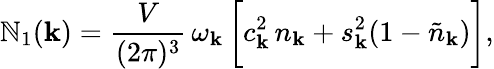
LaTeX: \mathbb{N}_{1}({\mathbf{k}})=\frac{{V}}{{(2\pi)^{3}}}\, \omega_{\mathbf{k}}\, \bigg[c_{\mathbf{k}}^{2}\, n_{\mathbf{k}}+s_{\mathbf{k}}^{2}(1-\tilde{{n}}_{\mathbf{k}})\bigg],